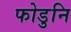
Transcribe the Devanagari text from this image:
फोडुनि